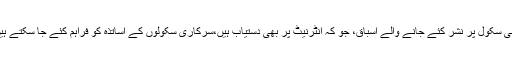
ٹیلی سکول پر نشر کئے جانے والے اسباق، جو کہ انٹرنیٹ پر بھی دستیاب ہیں،سرکاری سکولوں کے اساتذہ کو فراہم کئے جا سکتے ہیں۔